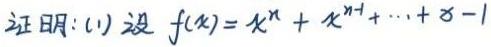
证明: (1) 设 \( f(x)=x^{n}+x^{n - 1}+\cdots + x - 1 \)